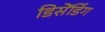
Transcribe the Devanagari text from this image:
डिसेंडिंग